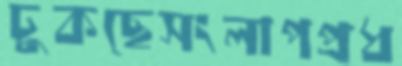
ঢুকছেসংলাপপ্রধ